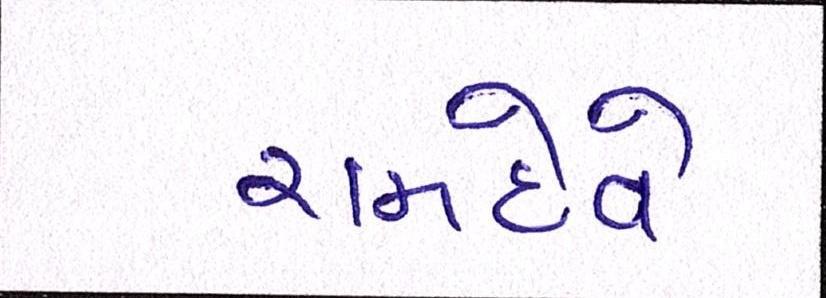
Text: રામદેવે